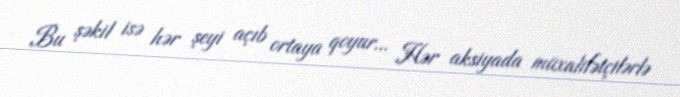
Bu şəkil isə hər şeyi açıb ortaya qoyur... Hər aksiyada müxalifətçilərlə